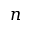
n